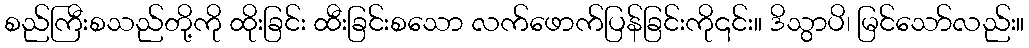
စည်ကြီးစသည်တို့ကို ထိုးခြင်း ထီးခြင်းစသော လက်ဖောက်ပြန်ခြင်းကို၎င်း။ ဒိသွာပိ၊ မြင်သော်လည်း။